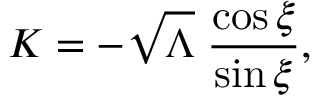
K = - \sqrt { \Lambda } \; \frac { \cos \xi } { \sin \xi } ,